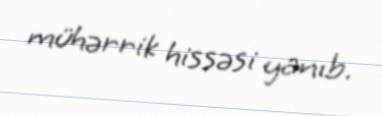
mühərrik hissəsi yanıb.